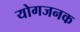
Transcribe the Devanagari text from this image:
योगजनक